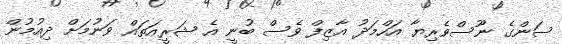
ސަންގެ ނޫސްވެރިޔާ އަހްމަދު އާޒިފް ވެސް ބުނީ އެ ޝަރީއަތައް ވަނުމަށް ދިއުމުން